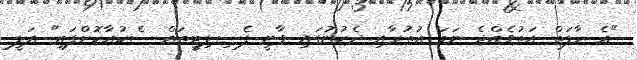
"އެ ހާލަތް އަތުވެއްޖެ ނަމަ އުތުރާއި ދެކުނުގައި ވާނީ ފެސިލިޓީތައް ސެކުއާކޮށްފައި" އަލީ